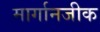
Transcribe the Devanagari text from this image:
मार्गानजीक